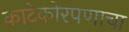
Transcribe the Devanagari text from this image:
काटेकोरपणाचा